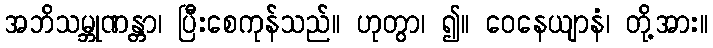
အဘိသမ္ဘုဏန္တာ၊ ပြီးစေကုန်သည်။ ဟုတွာ၊ ၍။ ဝေနေယျာနံ၊ တို့အား။